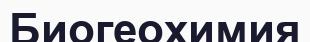
Биогеохимия